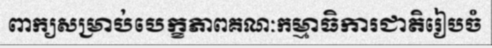
ពាក្យសម្រាប់បេក្ខភាពគណៈកម្មាធិការជាតិរៀបចំ